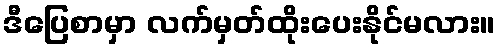
ဒီပြေစာမှာ လက်မှတ်ထိုးပေးနိုင်မလား။